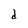
Character: d